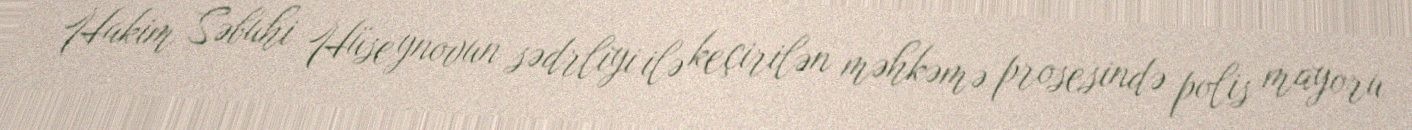
Hakim Səbuhi Hüseynovun sədrliyi ilə keçirilən məhkəmə prosesində polis mayoru